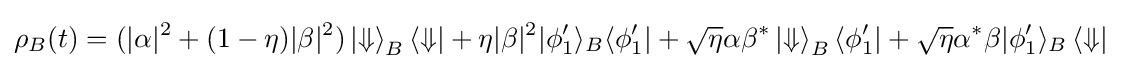
\rho _{B}(t)=(|\alpha |^{2}+(1-\eta )|\beta |^{2})\left|\Downarrow \right\rangle _{B}\left\langle \Downarrow \right|+\eta |\beta |^{2}|\phi _{1}^{\prime }\rangle _{B}\langle \phi _{1}^{\prime }|+{\sqrt {\eta }}\alpha \beta ^{*}\left|\Downarrow \right\rangle _{B}\langle \phi _{1}^{\prime }|+{\sqrt {\eta }}\alpha ^{*}\beta |\phi _{1}^{\prime }\rangle _{B}\left\langle \Downarrow \right|